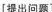
[提出问题]